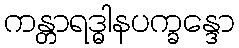
ကန္တာရဒ္ဓါနပက္ခန္ဒော